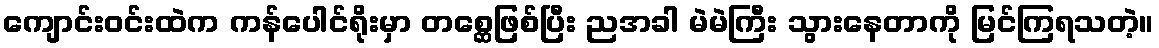
ကျောင်းဝင်းထဲက ကန်ပေါင်ရိုးမှာ တစ္ဆေဖြစ်ပြီး ညအခါ မဲမဲကြီး သွားနေတာကို မြင်ကြရသတဲ့။